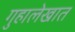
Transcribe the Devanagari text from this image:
गुहालेखात